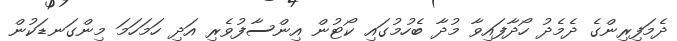
ދެމަފިރިންގެ ދެމެދު ހޯދާފައިވާ މުދާ ބެހުމުގައި ކޯޓުން އިންސާފުވެރި އަދި ހަމަހަމަ މިންގަނޑަކުން